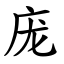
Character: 庞